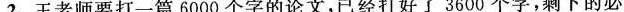
2.王老师要打一篇6000个字的论文，已经打好了3600个字，剩下的必须